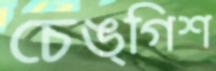
চেঙ্গিশ